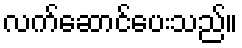
လက်ဆောင်ပေးသည်။